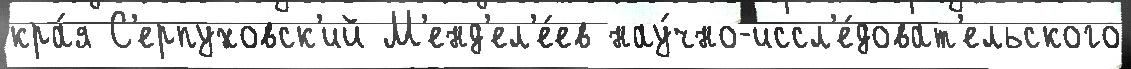
кра́я С'ерпуховск'ий М'енд'ел'е́ев нау́чно-иссл'е́доват'ельского